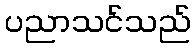
ပညာသင်သည်